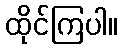
ထိုင်ကြပါ။